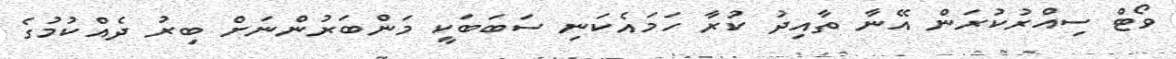
ވޯޓް ސިއްރުކުރަން އޭނާ ތާއިދު ކުރާ ހަމައެކަނި ސަބަބަކީ މަންބަރުންނަށް ބިރު ދެއްކުމުގެ